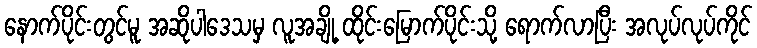
နောက်ပိုင်းတွင်မူ အဆိုပါဒေသမှ လူအချို့ ထိုင်းမြောက်ပိုင်းသို့ ရောက်လာပြီး အလုပ်လုပ်ကိုင်